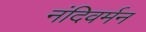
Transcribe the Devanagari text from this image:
नंदिवर्मन